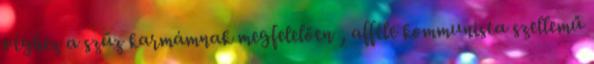
véghez a szűz karmámnak megfelelően , afféle kommunista szellemű